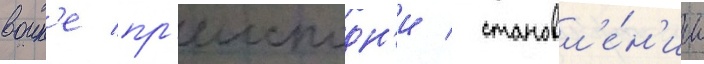
воин'е пр'еисподн'и / становл'е́н'ии